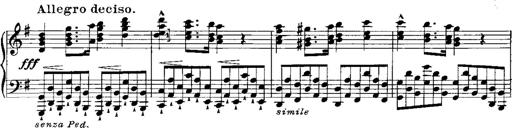
Title: RÃ©miniscences de Norma de Bellini
Composer: Franz Liszt